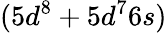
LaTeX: (5d^{8}+5d^{7}6s)